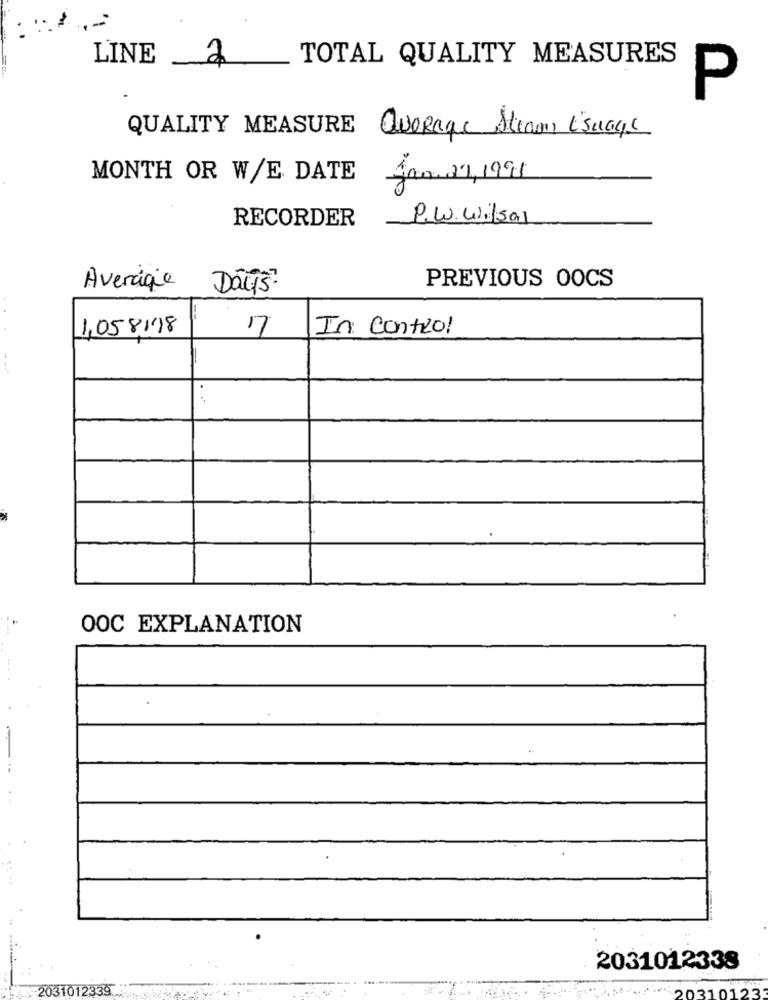
LINE
2
TOTAL QUALITY MEASURES
P
QUALITY MEASURE
QueRage Steam Esuaqs
MONTH OR W/E DATE
Jan. 21, 1991
RECORDER
P.W. Wilsal
PREVIOUS OOCS
Average
Day's?
1,058/18
17
In control
OOC EXPLANATION
2031012338
2031012339
** /20310123